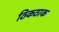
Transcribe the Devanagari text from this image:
ठिकठाक